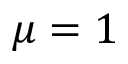
\mu = 1